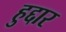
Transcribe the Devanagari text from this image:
हुद्दार